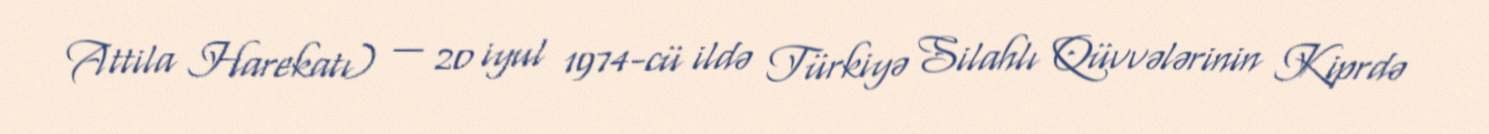
Attila Harekatı) — 20 iyul 1974-cü ildə Türkiyə Silahlı Qüvvələrinin Kiprdə